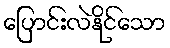
ပြောင်းလဲနိုင်သော